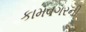
કામવગરની